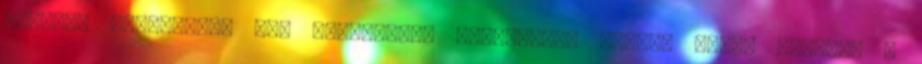
program szükséges, ami ingyenesen letölthető innen: Adobe Reader. A